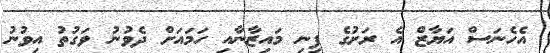
އެހެނަސް އަޔާޒް އެ ރަށުގެ ފިނި މައިޒާނާއި ހަމައަށް ދެވުނު ވަގުތު އިވުނު